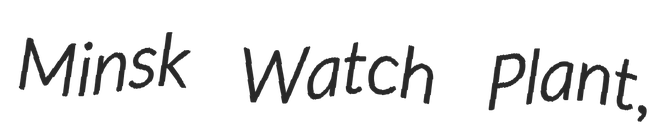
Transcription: Minsk Watch Plant,